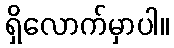
ရှိလောက်မှာပါ။